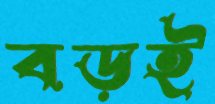
বড়ই